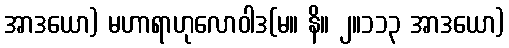
အာဒယော) မဟာရာဟုလောဝါဒ(မ။ နိ။ ၂။၁၁၃ အာဒယော)